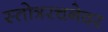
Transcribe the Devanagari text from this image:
स्तोत्ररचनेवर